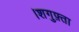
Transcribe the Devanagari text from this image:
।शगुफ़्ता